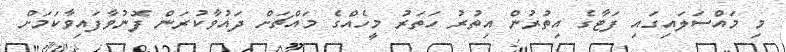
މި މައްސަލައިގަައި ފަޓާގެ އިތުރުން އިތުރު ހަތަރު މީހެއްގެ މައްޗަށް ދައުވާކުރަން ފޮނުވާފައިވާކަމަށް